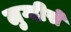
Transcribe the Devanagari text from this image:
लुग्दीसे